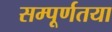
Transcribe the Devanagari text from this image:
सम्पूर्णतया